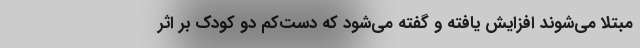
مبتلا می‌شوند افزایش یافته و گفته می‌شود که دست‌کم دو کودک بر اثر